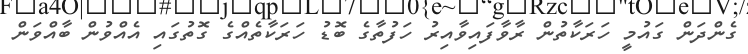
ގެންދަން ގައުމީ ހަރަކާތުން ރާވާފައިވާއިރު ހަފުތާގެ ބޮޑު ހަރަކާތެއްގެ ގޮތުގައި އެއްވުން ބާއްވަން